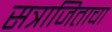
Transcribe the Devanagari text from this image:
सत्राजिताचा